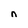
Character: n